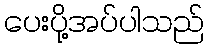
ပေးပို့အပ်ပါသည်